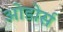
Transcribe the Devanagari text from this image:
ओडोर्स